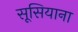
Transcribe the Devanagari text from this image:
सूसियाना